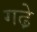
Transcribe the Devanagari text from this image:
गढे़